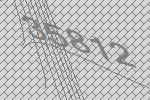
35812